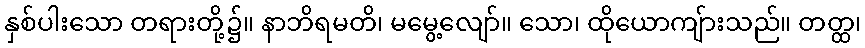
နှစ်ပါးသော တရားတို့၌။ နာဘိရမတိ၊ မမွေ့လျော်။ သော၊ ထိုယောကျ်ားသည်။ တတ္ထ၊